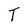
Character: T